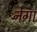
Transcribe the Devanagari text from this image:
नेगा